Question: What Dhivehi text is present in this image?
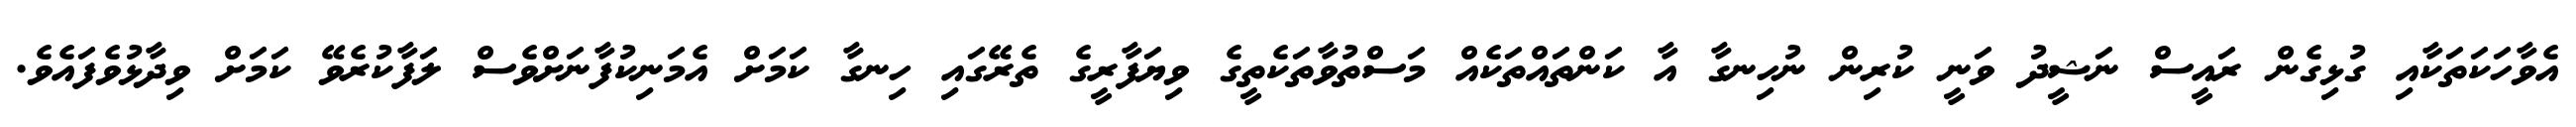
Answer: އެވާހަކަތަކާއި ގުޅިގެން ރައީސް ނަޝީދު ވަނީ ކުރިން ނުހިނގާ އާ ކަންތައްތަކެއް މަސްތުވާތަކެތީގެ ވިޔަފާރީގެ ތެރޭގައި ހިނގާ ކަމަށް އެމަނިކުފާނަށްވެސް ލަފާކުރެވޭ ކަމަށް ވިދާޅުވެފައެވެ.